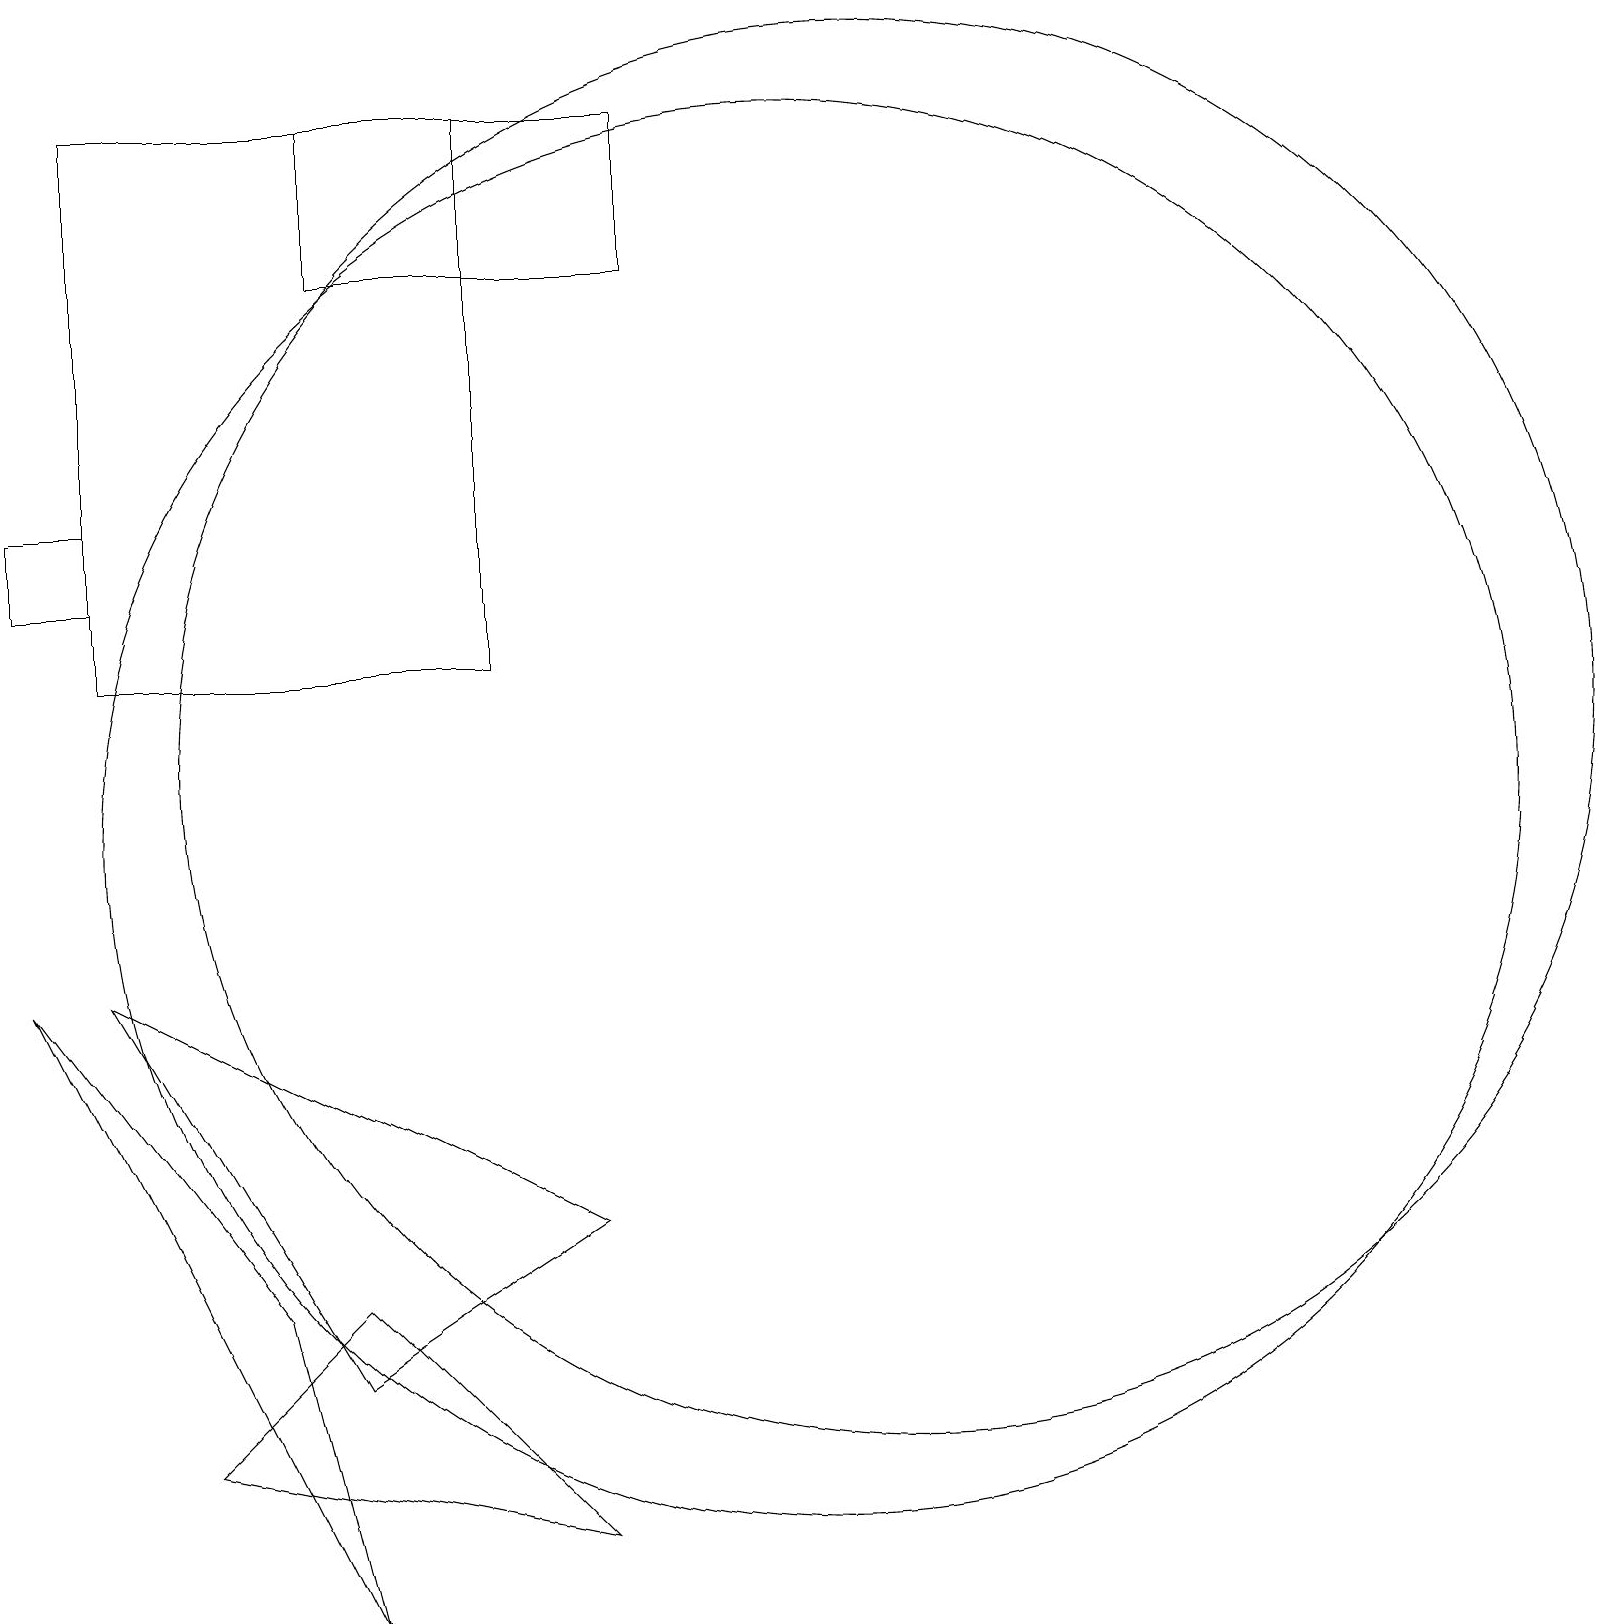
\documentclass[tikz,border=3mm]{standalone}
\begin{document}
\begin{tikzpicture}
\draw (0,13) rectangle (1,14);
\draw (11,11) circle (9);
\draw (4,19) rectangle (8,17);
\draw (4,0) -- (0,8) -- (3,4) -- cycle;
\draw (6,12) rectangle (1,19);
\draw (1,8) -- (4,3) -- (7,5) -- cycle;
\draw (2,2) -- (4,4) -- (7,1) -- cycle;
\draw (10,10) circle (9);
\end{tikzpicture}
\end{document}